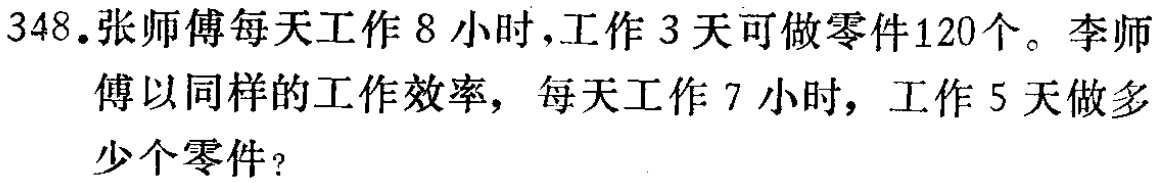
348.张师傅每天工作8小时，工作3天可做零件120个。李师傅以同样的工作效率，每天工作7小时，工作5天做多少个零件？